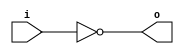
module inv_3(o,i);
input i;
output o;
assign o = ~i;
endmodule